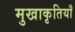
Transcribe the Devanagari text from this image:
मुखाकृतियाँ